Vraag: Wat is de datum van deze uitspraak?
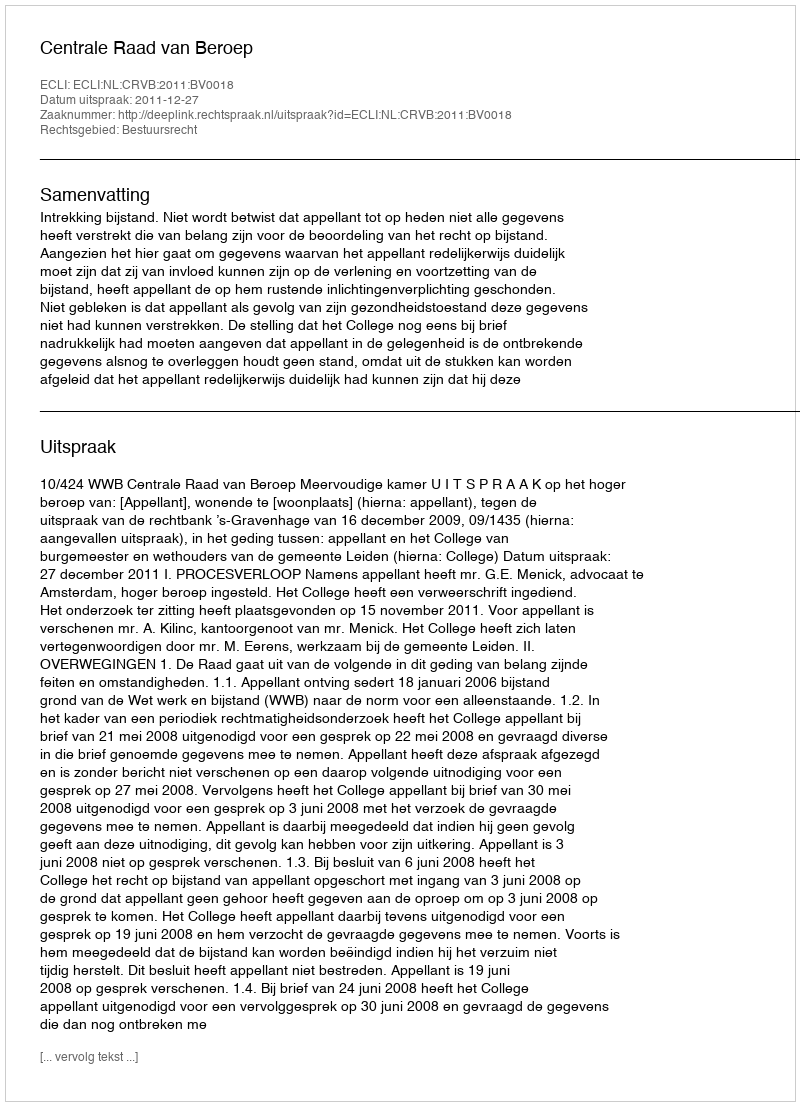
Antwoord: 2011-12-27